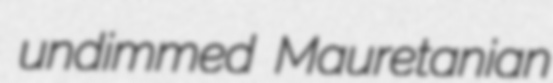
undimmed Mauretanian